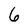
Character: 6